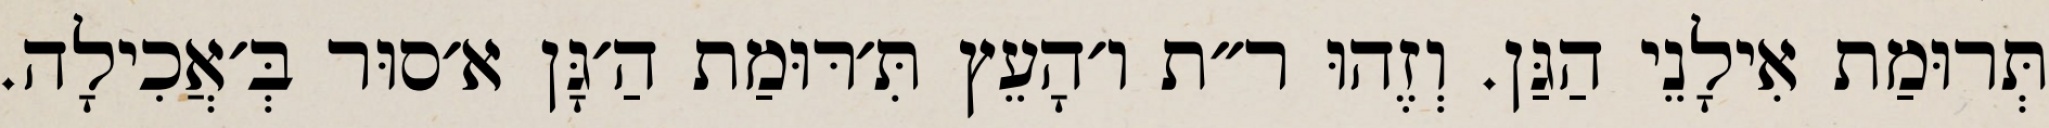
תְּרוּמַת אִילָנֵי הַגַּן. וְזֶהוּ ר״ת ו׳הָעֵץ תִּ׳רּוּמַת הַ׳גָּן א׳סוּר בְּ׳אֲכִילָה.